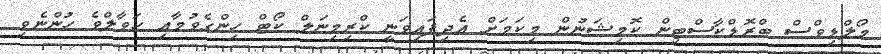
މޯލްޑިވްސް ބްރޮޑްކާސްޓިން ކޮމިޝަނުން މިކަމަށް އެދިފައިވަނީ ކްރިމިނަލް ކޯޓް ހިންގެވުމާއި ހަވާލްވެ ހުންނެވި